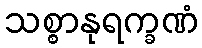
သစ္စာနုရက္ခဏံ